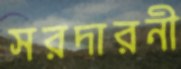
সরদারনী